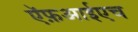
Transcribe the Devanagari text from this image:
ऍफ़आईएच